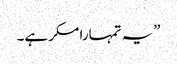
”یہ تمہارا مکر ہے۔